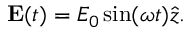
\mathbf { E } ( t ) = E _ { 0 } \sin ( \omega t ) \hat { z } .